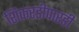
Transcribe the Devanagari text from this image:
शिकरडीपारडी